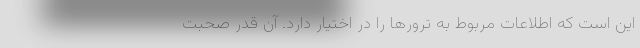
این است که اطلاعات مربوط به ترورها را در اختیار دارد. آن قدر صحبت